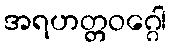
အရဟတ္တဝဂ္ဂေါ